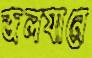
জলযানে